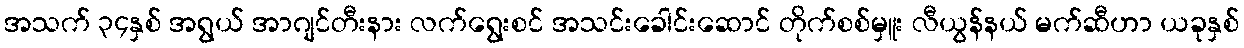
အသက် ၃၄နှစ် အရွယ် အာဂျင်တီးနား လက်ရွေးစင် အသင်းခေါင်းဆောင် တိုက်စစ်မှူး လီယွန်နယ် မက်ဆီဟာ ယခုနှစ်